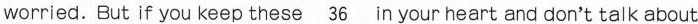
worried. But if you keep these\underline{36} in your heart and don't talk about